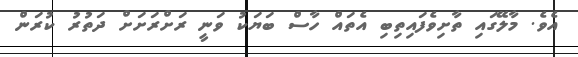
އެވެ. މާލޭގައި ތާށިވެފައިތިބި އެތައް ހާސް ބަޔަކު ވަނީ ރަށްރަށަށް ދަތުރު ކުރަން